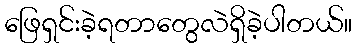
ဖြေရှင်းခဲ့ရတာတွေလဲရှိခဲ့ပါတယ်။